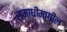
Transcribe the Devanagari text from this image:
समाधीमागील